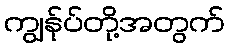
ကျွန်ုပ်တို့အတွက်